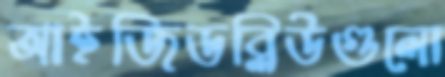
আইজিডব্লিউগুলো